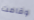
وقامت